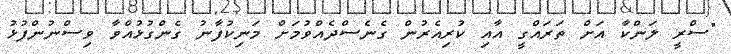
"ސްރީ ލަންކާ އަށް ތަރައްގީ އާއި ކުރިއެރުން ގެނެސްދެއްވުމަށް މަނިކުފާނު ގެންގުޅުއްވާ ވިސްނުންފުޅު